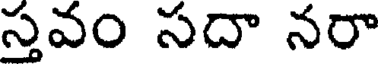
స్తవం సదా నరా